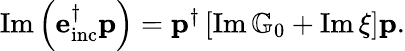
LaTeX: \begin{array}{r}{\operatorname{Im}\left(\mathbf{e}_{\mathrm{inc}}^{\dagger}\mathbf{p}\right)=\mathbf{p}^{\dagger}\left[\operatorname{Im}\mathbb{G}_{0}+\operatorname{Im}\xi\right]\mathbf{p}.}\end{array}